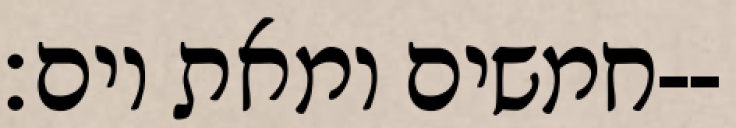
חמשים ומאת יום׃--